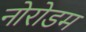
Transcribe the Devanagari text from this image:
नोरोडम